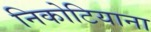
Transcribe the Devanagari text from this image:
निकोटियाना